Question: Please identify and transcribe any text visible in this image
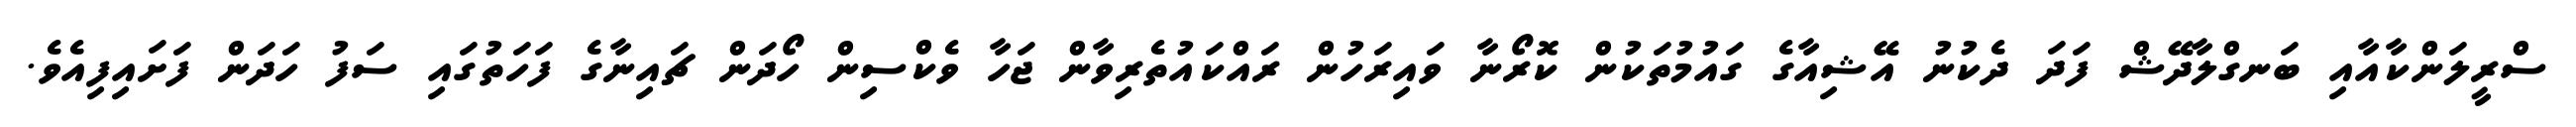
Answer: ސްރީލަންކާއާއި ބަނގްލާދޭޝް ފަދަ ދެކުނު އޭޝިއާގެ ގައުމުތަކުން ކޮރޯނާ ވައިރަހުން ރައްކައުތެރިވާން ޖަހާ ވެކްސިން ހޯދަން ޗައިނާގެ ފަހަތުގައި ސަފު ހަދަން ފަށައިފިއެވެ.